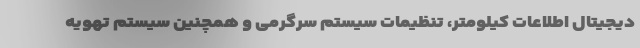
دیجیتال اطلاعات کیلومتر، تنظیمات سیستم سرگرمی و همچنین سیستم تهویه